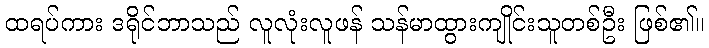
ထရပ်ကား ဒရိုင်ဘာသည် လူလုံးလူဖန် သန်မာထွားကျိုင်းသူတစ်ဦး ဖြစ်၏။